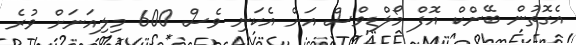
އެގޮތުން ބޭންކް އޮފް މޯލްޑިވްސް އަށް އެކަނި ވެސް 600 މިލިއަނަށް ވުރެ